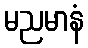
မညမာနံ